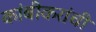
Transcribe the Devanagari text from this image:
कांबीकरांची